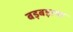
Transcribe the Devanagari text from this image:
बड़बड़ाया